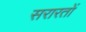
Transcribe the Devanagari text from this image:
सरारतों